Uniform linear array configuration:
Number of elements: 16
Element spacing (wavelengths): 0.25
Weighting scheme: blackman
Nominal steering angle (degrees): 30
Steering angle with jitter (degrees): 31.155
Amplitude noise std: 0.05
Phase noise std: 0.05

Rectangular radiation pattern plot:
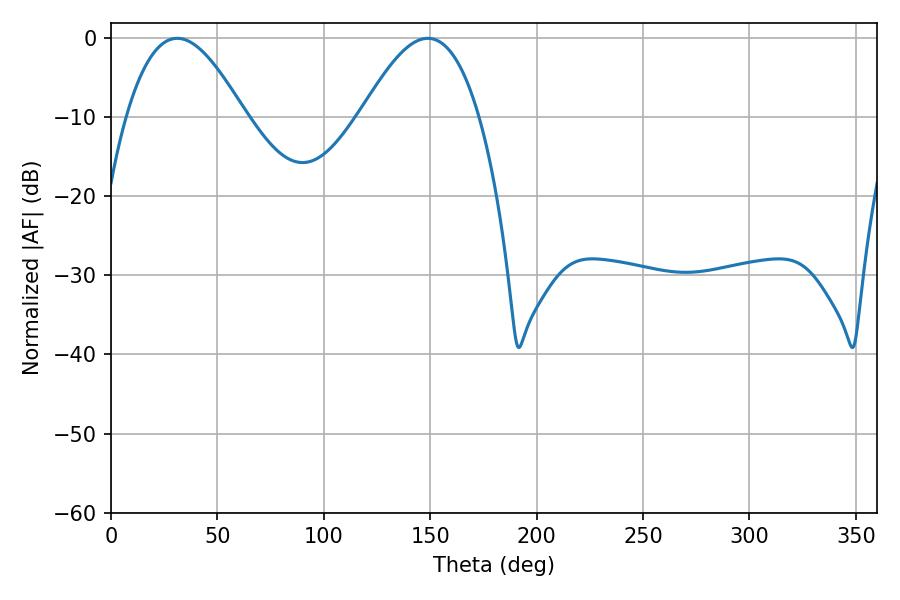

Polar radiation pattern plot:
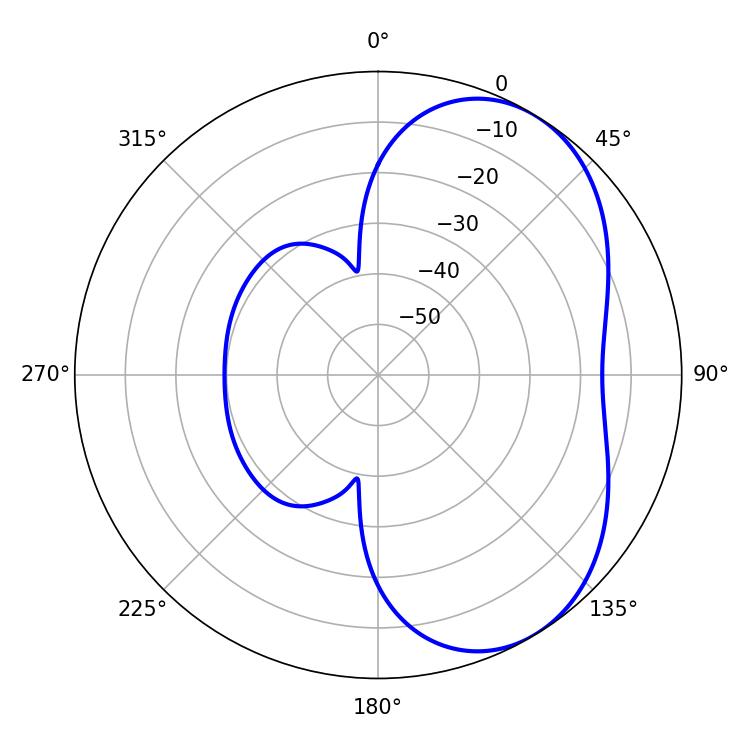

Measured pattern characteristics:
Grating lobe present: FALSE
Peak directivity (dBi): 4.954
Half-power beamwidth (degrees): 30.24
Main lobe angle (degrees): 31.14